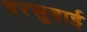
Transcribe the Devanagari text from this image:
वरसुबाई